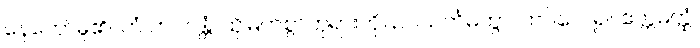
နေတော်မူ၏။ တံ ဘဂဝန္တံ၊ ထိုမြတ်စွာဘုရားကို။ ဥပသင်္ကမိတွာ၊ ကပ်လေ၍။ ဧတ္တမတ္ထံ၊